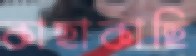
কাছাকাছি